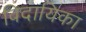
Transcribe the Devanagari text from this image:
विदायिका